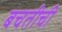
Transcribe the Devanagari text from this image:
बचतीची